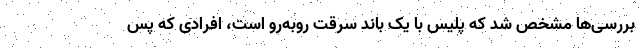
بررسی‌ها مشخص شد که پلیس با یک باند سرقت روبه‌رو است، افرادی که پس